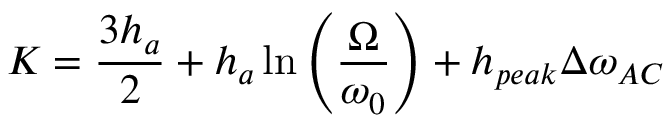
K = \frac { 3 h _ { a } } { 2 } + h _ { a } \ln { \left( \frac { \Omega } { \omega _ { 0 } } \right) } + h _ { p e a k } \Delta \omega _ { A C }